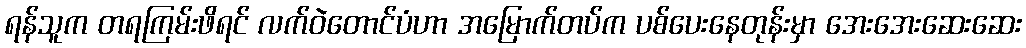
ရန်သူက တရကြမ်းဖိရင် လက်ဝဲတောင်ပံဟာ အမြောက်တပ်က ပစ်ပေးနေတုန်းမှာ အေးအေးဆေးဆေး